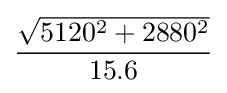
{\frac {\sqrt {5120^{2}+2880^{2}}}{15.6}}